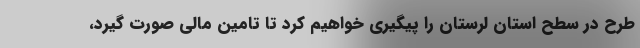
طرح در سطح استان لرستان را پیگیری خواهیم کرد تا تامین مالی صورت گیرد،